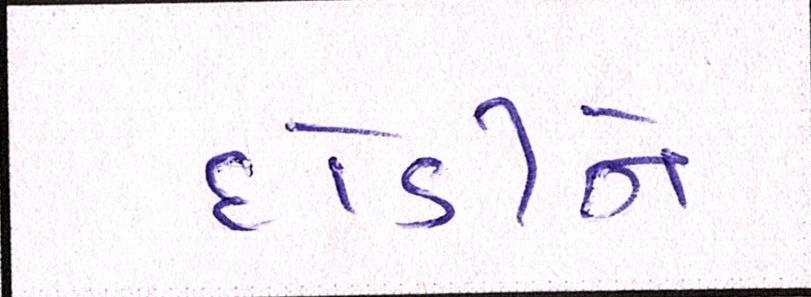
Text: દોડીને